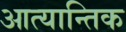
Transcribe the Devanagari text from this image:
आत्यान्तिक